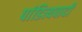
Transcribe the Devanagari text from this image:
पांडित्यवादी